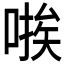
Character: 𫫃